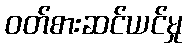
ဝတ်စားဆင်ယင်မှု